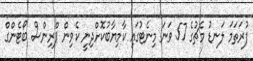
ފުރަތަމަ ލަނޑު މެޗުގެ 57 ވަނަ މިނެޓުގައި ކާމިޔާބުކޮށްދިނީ ކެވިން ޕްރިންސް ބޯޓެންގް